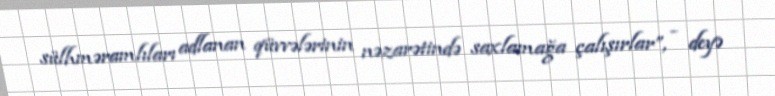
sülhməramlıları adlanan qüvvələrinin nəzarətində saxlamağa çalışırlar”, - deyə